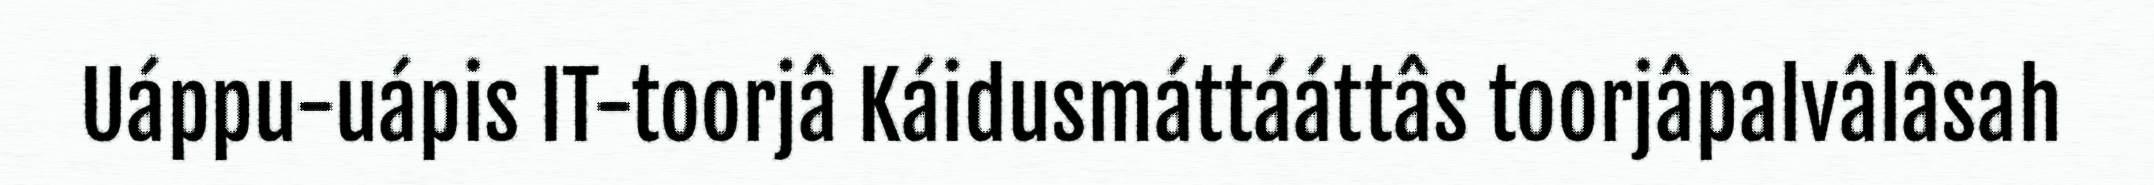
Uáppu-uápis IT-toorjâ Káidusmáttááttâs toorjâpalvâlâsah